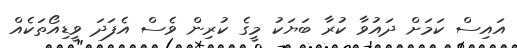
އައިސް ކަމަށް ދައުވާ ކުރާ ބަޔަކު މީގެ ކުރިން ވެސް އެފަދަ ވީޑިއޯތަކެއް